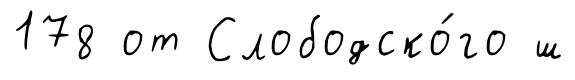
178 от Слободско́го ш